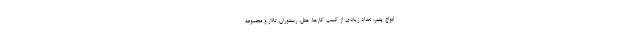
انواع پنیر، تعداد زیادی از کسب کارها، هتل، رستوران، تالار و مجموعه